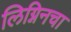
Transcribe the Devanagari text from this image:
लिग्निनचा